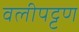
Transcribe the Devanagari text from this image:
वलीपट्टण